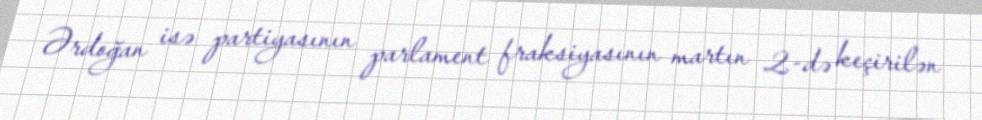
Ərdoğan isə partiyasının parlament fraksiyasının martın 2-də keçirilən